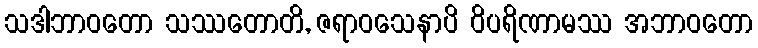
သဒါဘာဝတော သဿတောတိ, ဇရာဝသေနာပိ ဝိပရိဏာမဿ အဘာဝတော